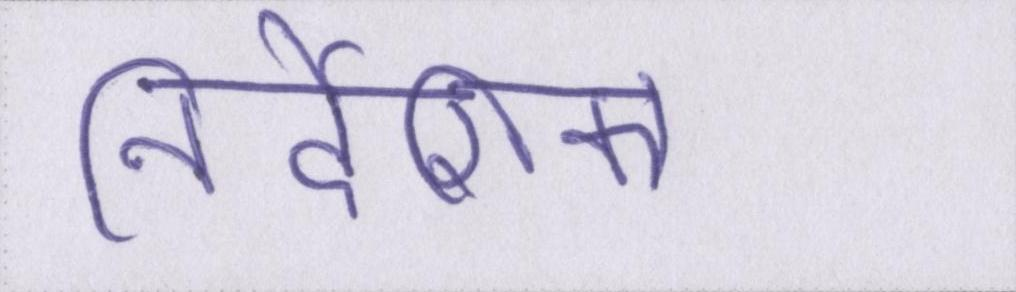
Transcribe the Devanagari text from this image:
निर्देशिका